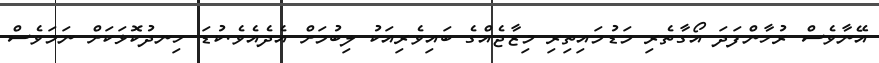
އޭނާވެސް ރުހާންފަދަ އޯގާތެރި މަޑުމައިތިރި މިޒާޖެއްގެ ބައިވެރިއަކު ލިބުމަށް އެދެއެވެ.ކުޑަ ހިނދުކޮޅަކަށް ނަމަވެސް